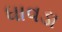
ધાવડા